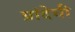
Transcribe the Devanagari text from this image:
ग्रांदेची